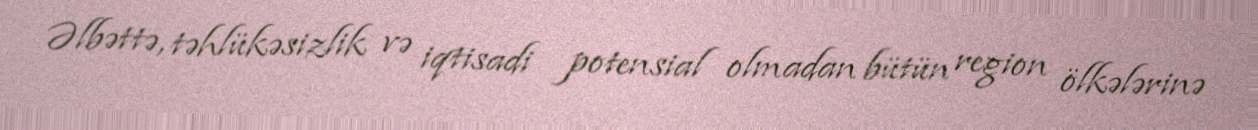
Əlbəttə, təhlükəsizlik və iqtisadi potensial olmadan bütün region ölkələrinə